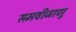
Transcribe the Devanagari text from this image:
समवीजाणु